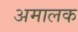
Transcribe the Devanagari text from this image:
अमालक